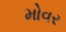
મોવર